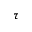
\tau